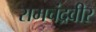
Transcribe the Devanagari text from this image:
रामचंद्रवीर